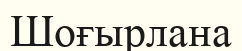
Шоғырлана